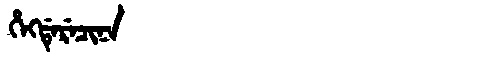
Manchu: ᡥᡝᡴᡩᡝᡵᡝᠴᡳᠨᠠ
Romanization: HEKDERECINA